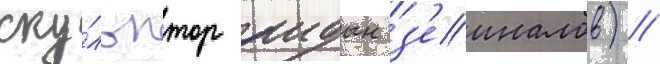
ску́льптор аидын з'еиналов) //